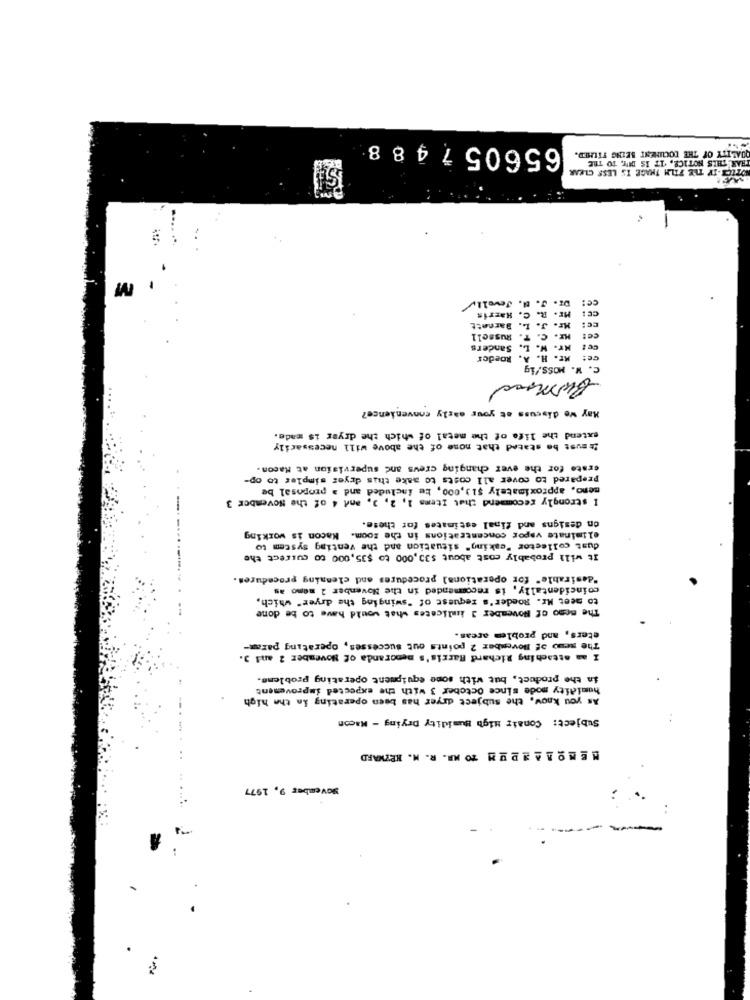
656057488
QUALITY OF THE DOCUMENT BEING FILMED.
Sul
DELCI -IF THE FILM THAGE IS LESS CLEAR
TRAR THIS NOTICE, IT IS DIT, TO THE
M
ce:
DI. J. B. Jewelly
CE: Mr. R.
Mr. R. C. Harris
Barnett
Mr. J. L. Barnett
CC:
Mr. C. T. Russell
cet
Ce: Mr. W. L. Sanders
Roeder
ce: Mr.
C. W. MOSS/ig
May we discuss at your early convenience?
extend the life of the metal of which the dryer is made.
It must be stated that none of the above will necessarily
crate for the ever changing crews and supervision at Macon.
Prepared to cover all costs to make this dryer simples to op-
meno, approximately $13,000, ke included and a proposal be
I strongly recomend that Items 1, 2, 3, and 4 of the November 3
on designs and final estimates for these.
eliminate vapor concentrations in the zoom. Kacon is working
dust collector "caking" situation and the venting system to
It will probably cost about $33,000 to $35,000 to cuirect the
"desirable" for operations] procedures and cleaning procedures.
coincidentally, is recommended in the November 2 memo as
to meet Mr. Roeder's request of "swinging the dryer" which,
The meno of November 3 imlicates what would have to be done
eters, and problem areas.
The meno of Movember 2 points out successes, operating param-
I am attaching Richard Harris's memoranda of November 2 and 3.
in the product, but with some equipment operating probleme.
humidity mode since October 3 with the expected improvement
As you know, the subject dryer has been operating in the high
Subject: Conair High Humidity Drying - Macon
MEMORANDUM TO MR. R. M. HEZWARD
..
November 9, 1977